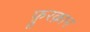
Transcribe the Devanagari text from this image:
फ़ुरक़ान